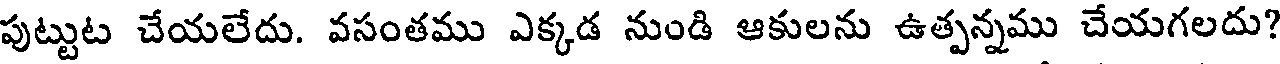
పుట్టుట చేయలేదు. వసంతము ఎక్కడ నుండి ఆకులను ఉత్పన్నము చేయగలదు?